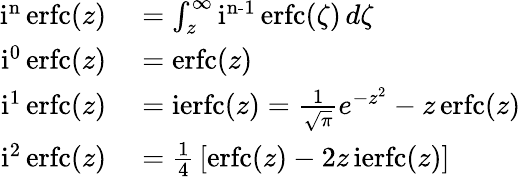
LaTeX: \begin{array}{rl}{\operatorname{i^{n}erfc}(z)}&{{}=\int_{z}^{\infty}\operatorname{i^{n-1}erfc}(\zeta)\, d\zeta}\\ {\operatorname{i^{0}erfc}(z)}&{{}=\operatorname{erfc}(z)}\\ {\operatorname{i^{1}erfc}(z)}&{{}=\operatorname{ierfc}(z)={\frac{1}{\sqrt{\pi}}}e^{-z^{2}}-z\operatorname{erfc}(z)}\\ {\operatorname{i^{2}erfc}(z)}&{{}={\frac{1}{4}}\left[\operatorname{erfc}(z)-2z\operatorname{ierfc}(z)\right]}\end{array}